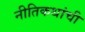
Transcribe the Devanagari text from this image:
नीतिकथांची